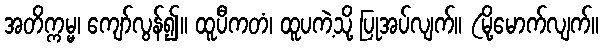
အတိက္ကမ္မ၊ ကျော်လွန်၍။ ထူပီကတံ၊ ထူပကဲ့သို့ ပြုအပ်လျက်။ (မို့မောက်လျက်။